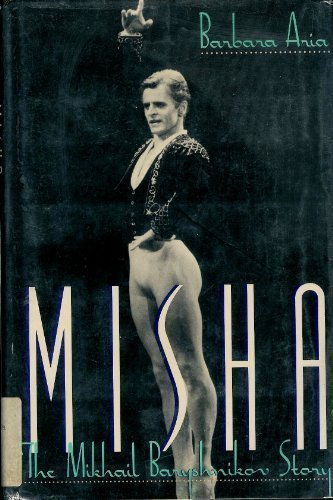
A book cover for Misha!: The Mikhail Baryshnikov Story; Barbara Aria; Biographies & Memoirs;